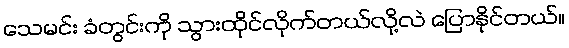
သေမင်း ခံတွင်းကို သွားထိုင်လိုက်တယ်လို့လဲ ပြောနိုင်တယ်။